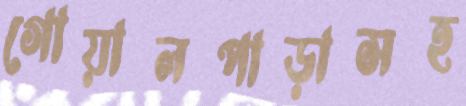
গোয়ালপাড়াসহ